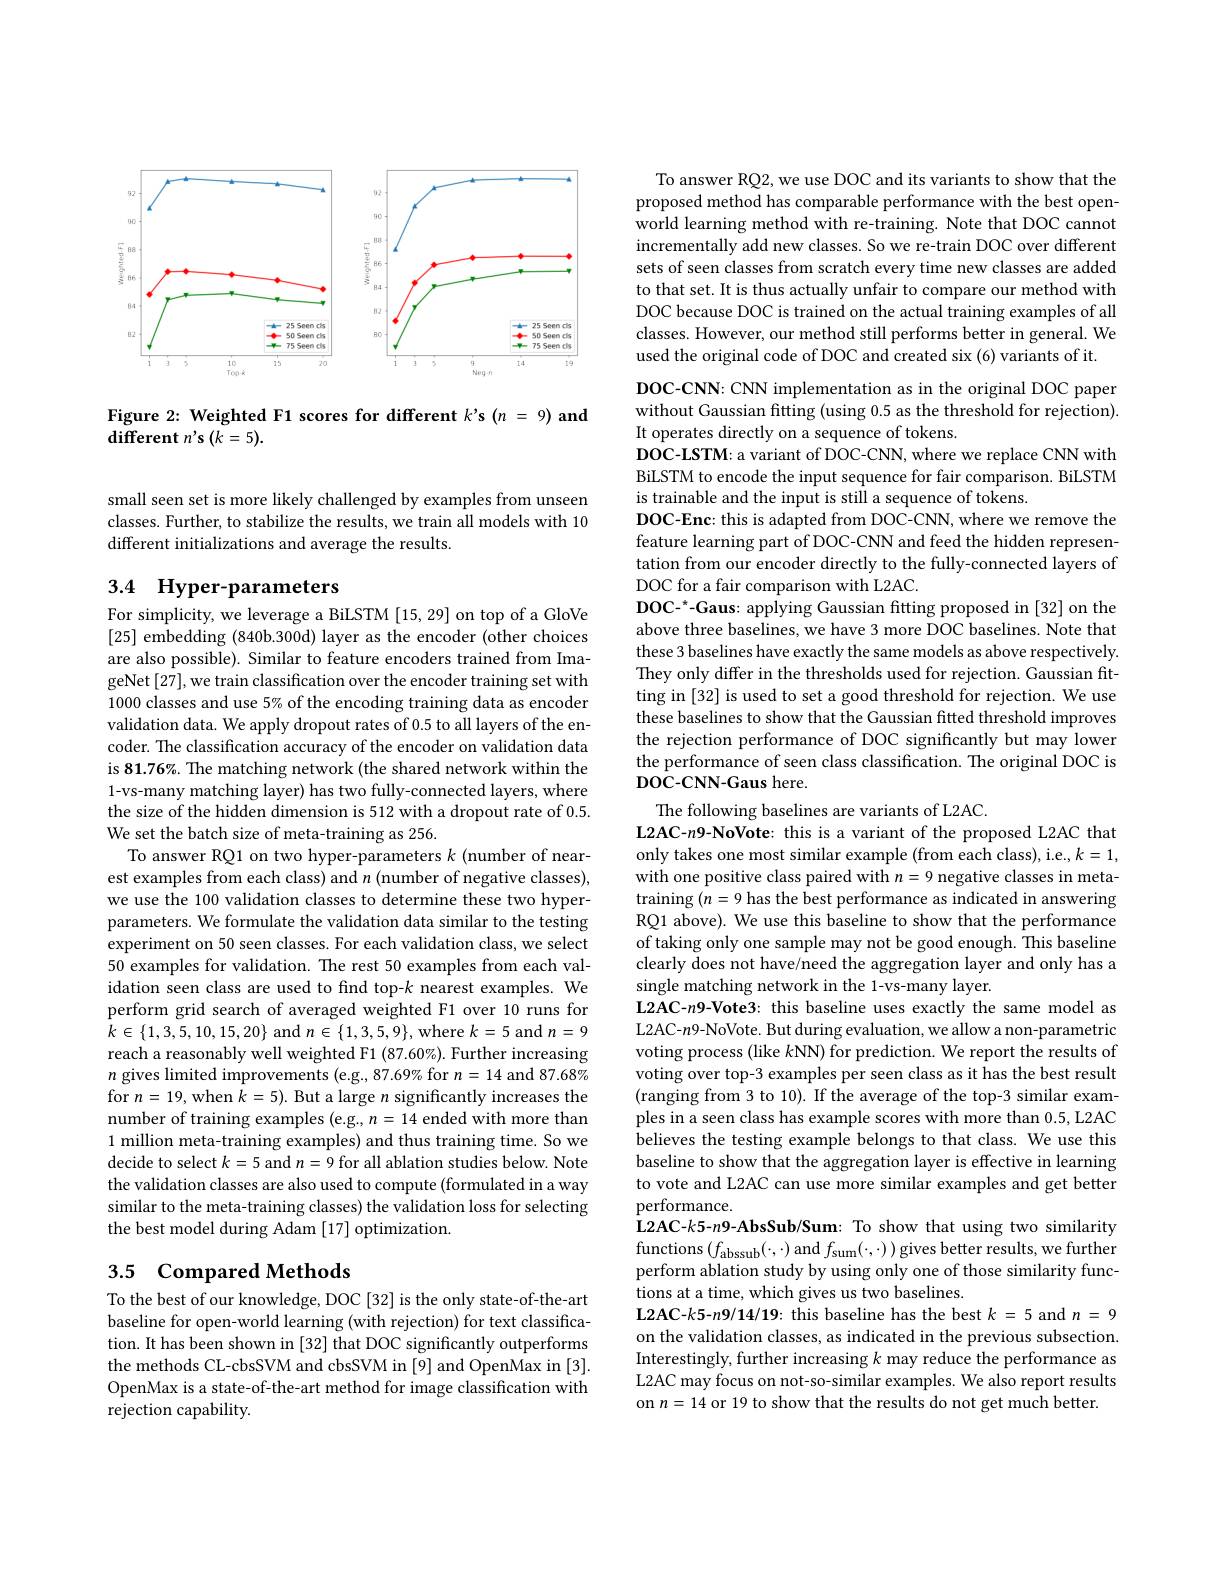
<FigureHere>

Figure 2: Weighted F1 scores for different $k^{\prime}$s (n = 9) and
$\operatorname{different}n^{\prime}s\left(k=5\right).$

small seen set is more likely challenged by examples from unseen classes. Further, to stabilize the results, we train all models with 10 different initializations and average the results.

## 3.4 Hyper-parameters

For simplicity, we leverage a BiLSTM [15,29] on top of a GloVe [25] embedding (840b.300d) layer as the encoder (other choices are also possible). Similar to feature encoders trained from ImageNet [27], we train classification over the encoder training set with 1000 classes and use 5% of the encoding training data as encoder validation data. We apply dropout rates of 0.5 to all layers of the encoder. The classification accuracy of the encoder on validation data is 81.76%. The matching network (the shared network within the 1-vs-many matching layer) has two fully-connected layers, where the size of the hidden dimension is 512 with a dropout rate of 0.5. We set the batch size of meta-training as 256.
To answer RQ1 on two hyper-parameters $k$ (number of nearest examples from each class) and $n$ (number of negative classes), we use the 100 validation classes to determine these two hyperparameters. We formulate the validation data similar to the testing experiment on 50 seen classes. For each validation class, we select 50 examples for validation. The rest 50 examples from each validation seen class are used to find top-k nearest examples. We perform grid search of averaged weighted F1 over 10 runs for $k\in\{1,3,5,10,15,20\}$ and $n\in\{1,3,5,9\}$,where $k=5$ and $n=9$ reach a reasonably well weighted F1 (87.60%). Further increasing $n$ gives limited improvements (e.g., 87.69% for $n=14$ and 87.68% for $n=19$,when $k=5).$ But a large $n$ significantly increases the number of training examples (e.g., $n=14$ ended with more than 1 million meta-training examples) and thus training time. So we decide to select $k=5$ and $n=9$ for all ablation studies below. Note the validation classes are also used to compute (formulated in a way similar to the meta-training classes) the validation loss for selecting the best model during Adam [17] optimization.

# 3.5 Compared Methods

To the best of our knowledge, DOC [32] is the only state-of-the-art baseline for open-world learning (with rejection) for text classification. It has been shown in [32] that DOC significantly outperforms the methods CL-cbsSVM and cbsSVM in [9] and OpenMax in [3]. OpenMax is a state-of-the-art method for image classification with rejection capability.

To answer RQ2, we use DOC and its variants to show that the proposed method has comparable performance with the best openworld learning method with re-training. Note that DOC cannot incrementally add new classes. So we re-train DOC over different sets of seen classes from scratch every time new classes are added to that set. It is thus actually unfair to compare our method with DOC because DOC is trained on the actual training examples of all classes. However, our method still performs better in general. We used the original code of DOC and created six (6) variants of it.

DOC-CNN: CNN implementation as in the original DOC paper without Gaussian fitting (using 0.5 as the threshold for rejection). It operates directly on a sequence of tokens.
DOC-LSTM: a variant of DOC-CNN, where we replace CNN with BiLSTM to encode the input sequence for fair comparison. BiLSTM is trainable and the input is still a sequence of tokens.
DOC-Enc: this is adapted from DOC-CNN, where we remove the feature learning part of DOC-CNN and feed the hidden representation from our encoder directly to the fully-connected layers of DOC for a fair comparison with L2AC.
$DOC-^*-Gaus: applying Gaussian fitting proposed in [32] on the$ above three baselines, we have 3 more DOC baselines. Note that these 3 baselines have exactly the same models as above respectively. They only differ in the thresholds used for rejection. Gaussian fitting in [32] is used to set a good threshold for rejection. We use these baselines to show that the Gaussian fitted threshold improves the rejection performance of DOC significantly but may lower the performance of seen class classification. The original DOC is $\dot{\mathrm{DOC-CNN-Gaus~here.}}$
The following baselines are variants of L2AC.
L2AC-n9-NoVote: this is a variant of the proposed L2AC that only takes one most similar example (from each class), i.e., $k=1$, with one positive class paired with $n=9$ negative classes in metatraining $(\hat{n}=9$ has the best performance as indicated in answering RQ1 above). We use this baseline to show that the performance of taking only one sample may not be good enough. This baseline clearly does not have/need the aggregation layer and only has a single matching network in the 1-vs-many layer.
L2AC-n9-Vote3: this baseline uses exactly the same model as L2AC-$n$9-NoVote. But during evaluation, we allow a non-parametric voting process (like $k$NN) for prediction. We report the results of voting over top-3 examples per seen class as it has the best result (ranging from 3 to 10). If the average of the top-3 similar examples in a seen class has example scores with more than 0.5, L2AC believes the testing example belongs to that class. We use this baseline to show that the aggregation layer is effective in learning to vote and L2AC can use more similar examples and get better performance.
$\mathbf{L}2\mathbf{AC}-k5-n\mathbf{9}-\mathbf{A}\mathbf{b}\mathbf{s}\mathbf{S}\mathbf{u}\mathbf{b}/\mathbf{S}\mathbf{u}\mathbf{m}:$ To show that using two similarity functions $(f_{\mathrm{abssub}}(\cdot,\cdot)$ and $f_{\mathrm{sum}}(\cdot,\cdot))$ gives better results, we further perform ablation study by using only one of those similarity functions at a time, which gives us two baselines.
L2AC-k5-n9/14/19: this baseline has the best $k=5$ and $n=9$ on the validation classes, as indicated in the previous subsection. Interestingly, further increasing $k$ may reduce the performance as L2AC may focus on not-so-similar examples. We also report results on $n=14$ or 19 to show that the results do not get much better.